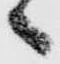
々